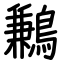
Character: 鶼